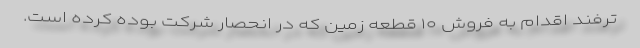
ترفند اقدام به فروش ۱۰ قطعه زمین که در انحصار شرکت بوده کرده است.